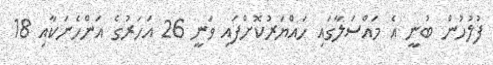
ފުލުހުން ބުނީ އެ މައްސަލާގައި ހައްޔަރުކޮށްފައި ވަނީ 26 އަހަރުގެ އަންހެނަކާއި 18